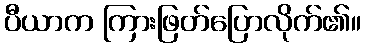
ပီယာက ကြားဖြတ်ပြောလိုက်၏။